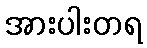
အားပါးတရ